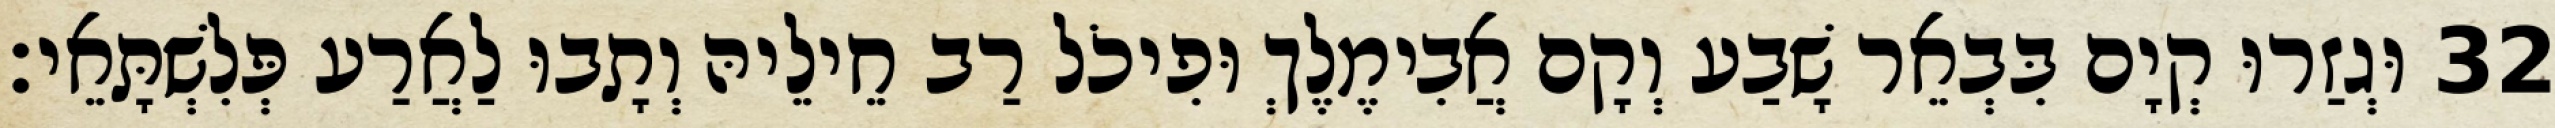
32 וּגְזַרוּ קְיָם בִּבְאֵר שָׁבַע וְקָם אֲבִימֶלֶךְ וּפִיכֹל רַב חֵילֵיהּ וְתָבוּ לַאֲרַע פְּלִשְׁתָּאֵי׃